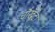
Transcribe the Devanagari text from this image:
चौखूँटा